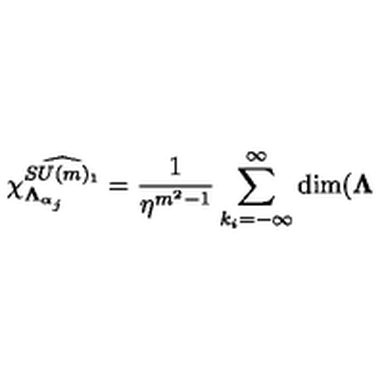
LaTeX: \chi _ { \mathbf { \Lambda } _ { \alpha _ { j } } } ^ { \widehat { S U ( m ) _ { 1 } } } = \frac { 1 } { \eta ^ { m ^ { 2 } - 1 } } \sum _ { k _ { i } = - \infty } ^ { \infty } \dim ( \mathbf { \Lambda }